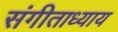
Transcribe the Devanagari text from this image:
संगीताध्याय